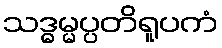
သဒ္ဓမ္မပ္ပတိရူပကံ